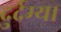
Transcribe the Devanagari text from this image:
दुर्दम्य।